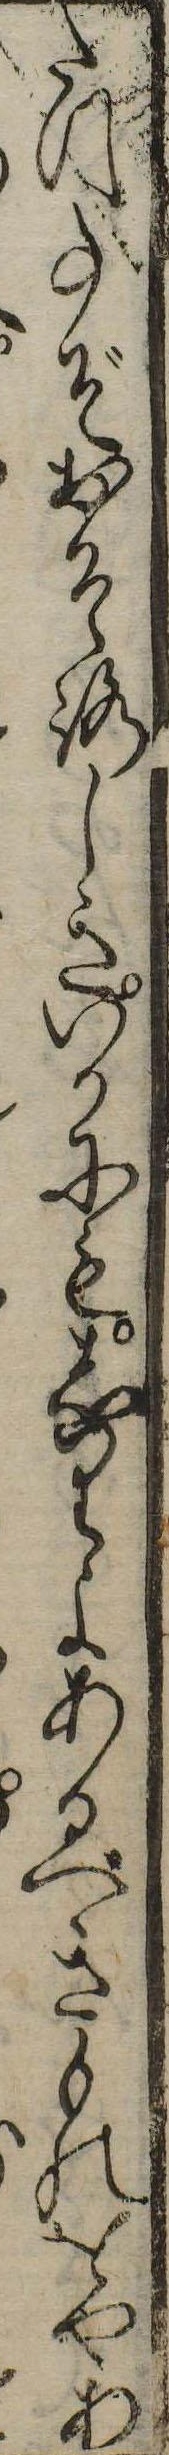
たつ事ぞおそろしきいかにもしりよあるべきものをやあ